Lunatic asylums Central Provinces reports 1874-1885 - 1874-1885
Year: 1874
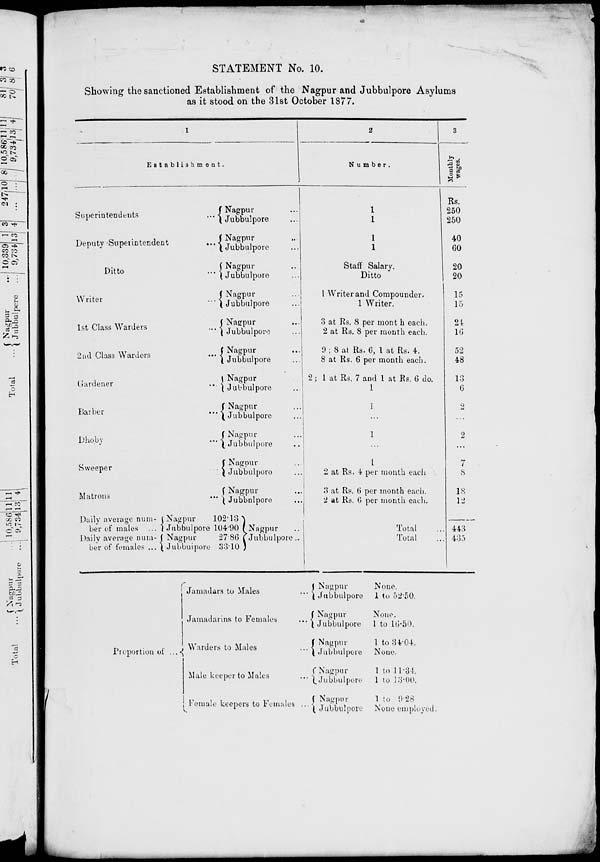
STATEMENT No. 10.
Showing the sanctioned Establishment of the Nagpur and Jubbulpore Asylums
as it stood on the 31st October 1877.
1
Establishment.
Superintendents
...
Deputy Superintendent ...
Ditto
...
Writer
...
1st Class Warders
...
2nd Class Warders
...
Gardener
...
Barber
...
Dhoby
...
Sweeper ...
Matrons
...
Daily average num¬
ber of males ...
Daily average num¬
ber of females ...
Nagpur ...
Jubbulpore ...
Nagpur ...
Jubbulpore ...
Nagpur ...
Jubbulpore ...
Nagpur ...
Jubbulpore ...
Nagpur ...
Jubbulpore ...
Nagpur ...
Jubbulpore ...
Nagpur ...
Jubbulpore ...
Nagpur ...
Jubbulpore ...
Nagpur ...
Jubbulpore ...
Nagpur ...
Jubbulpore ...
Nagpur ...
Jubbulpore ...
Nagpur
102.13
Jubbulpore 104.90
Nagpur
27.86
Jubbulpore 33.10
Nagpur
Jubbulpore..
2
Number.
1
1
1
1
Staff Salary.
Ditto
1 Writer and Compounder.
1 Writer.
3 at Rs. 8 per month each.
2 at Rs. 8 per month each.
9 ; 8 at Rs. 6, 1 at Rs. 4.
8 at Rs. 6 per month each.
2; 1 at Rs. 7 and 1 at Rs. 6 do.
1
1
...
1
...
1
2 at Rs. 4 per month each
3 at Rs. 6 per month each.
2 at Rs. 6 per month each.
Total ...
Total ...
3
Rs.
250
250
40
60
20
20
15
15
24
16
52
48
13
6
2
...
2
...
7
8
18
12
443
435
Proportion of ...
Jamadars to Males...
Jamadarins to Females
...
Warders to Males
...
Male keeper to Males...
Female keepers to Females...
Nagpur
Jubbulpore
Nagpur
Jubbulpore
Nagpur
Jubbulpore
Nagpur
Jubbulpore
Nagpur
Jubbulpore
None.
1 to 52.50.
None.
1 to 16.50.
1 to 34.04.
None.
1 to 11.34.
1 to 13.00.
1 to 9.28
None employed.